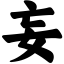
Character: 妄